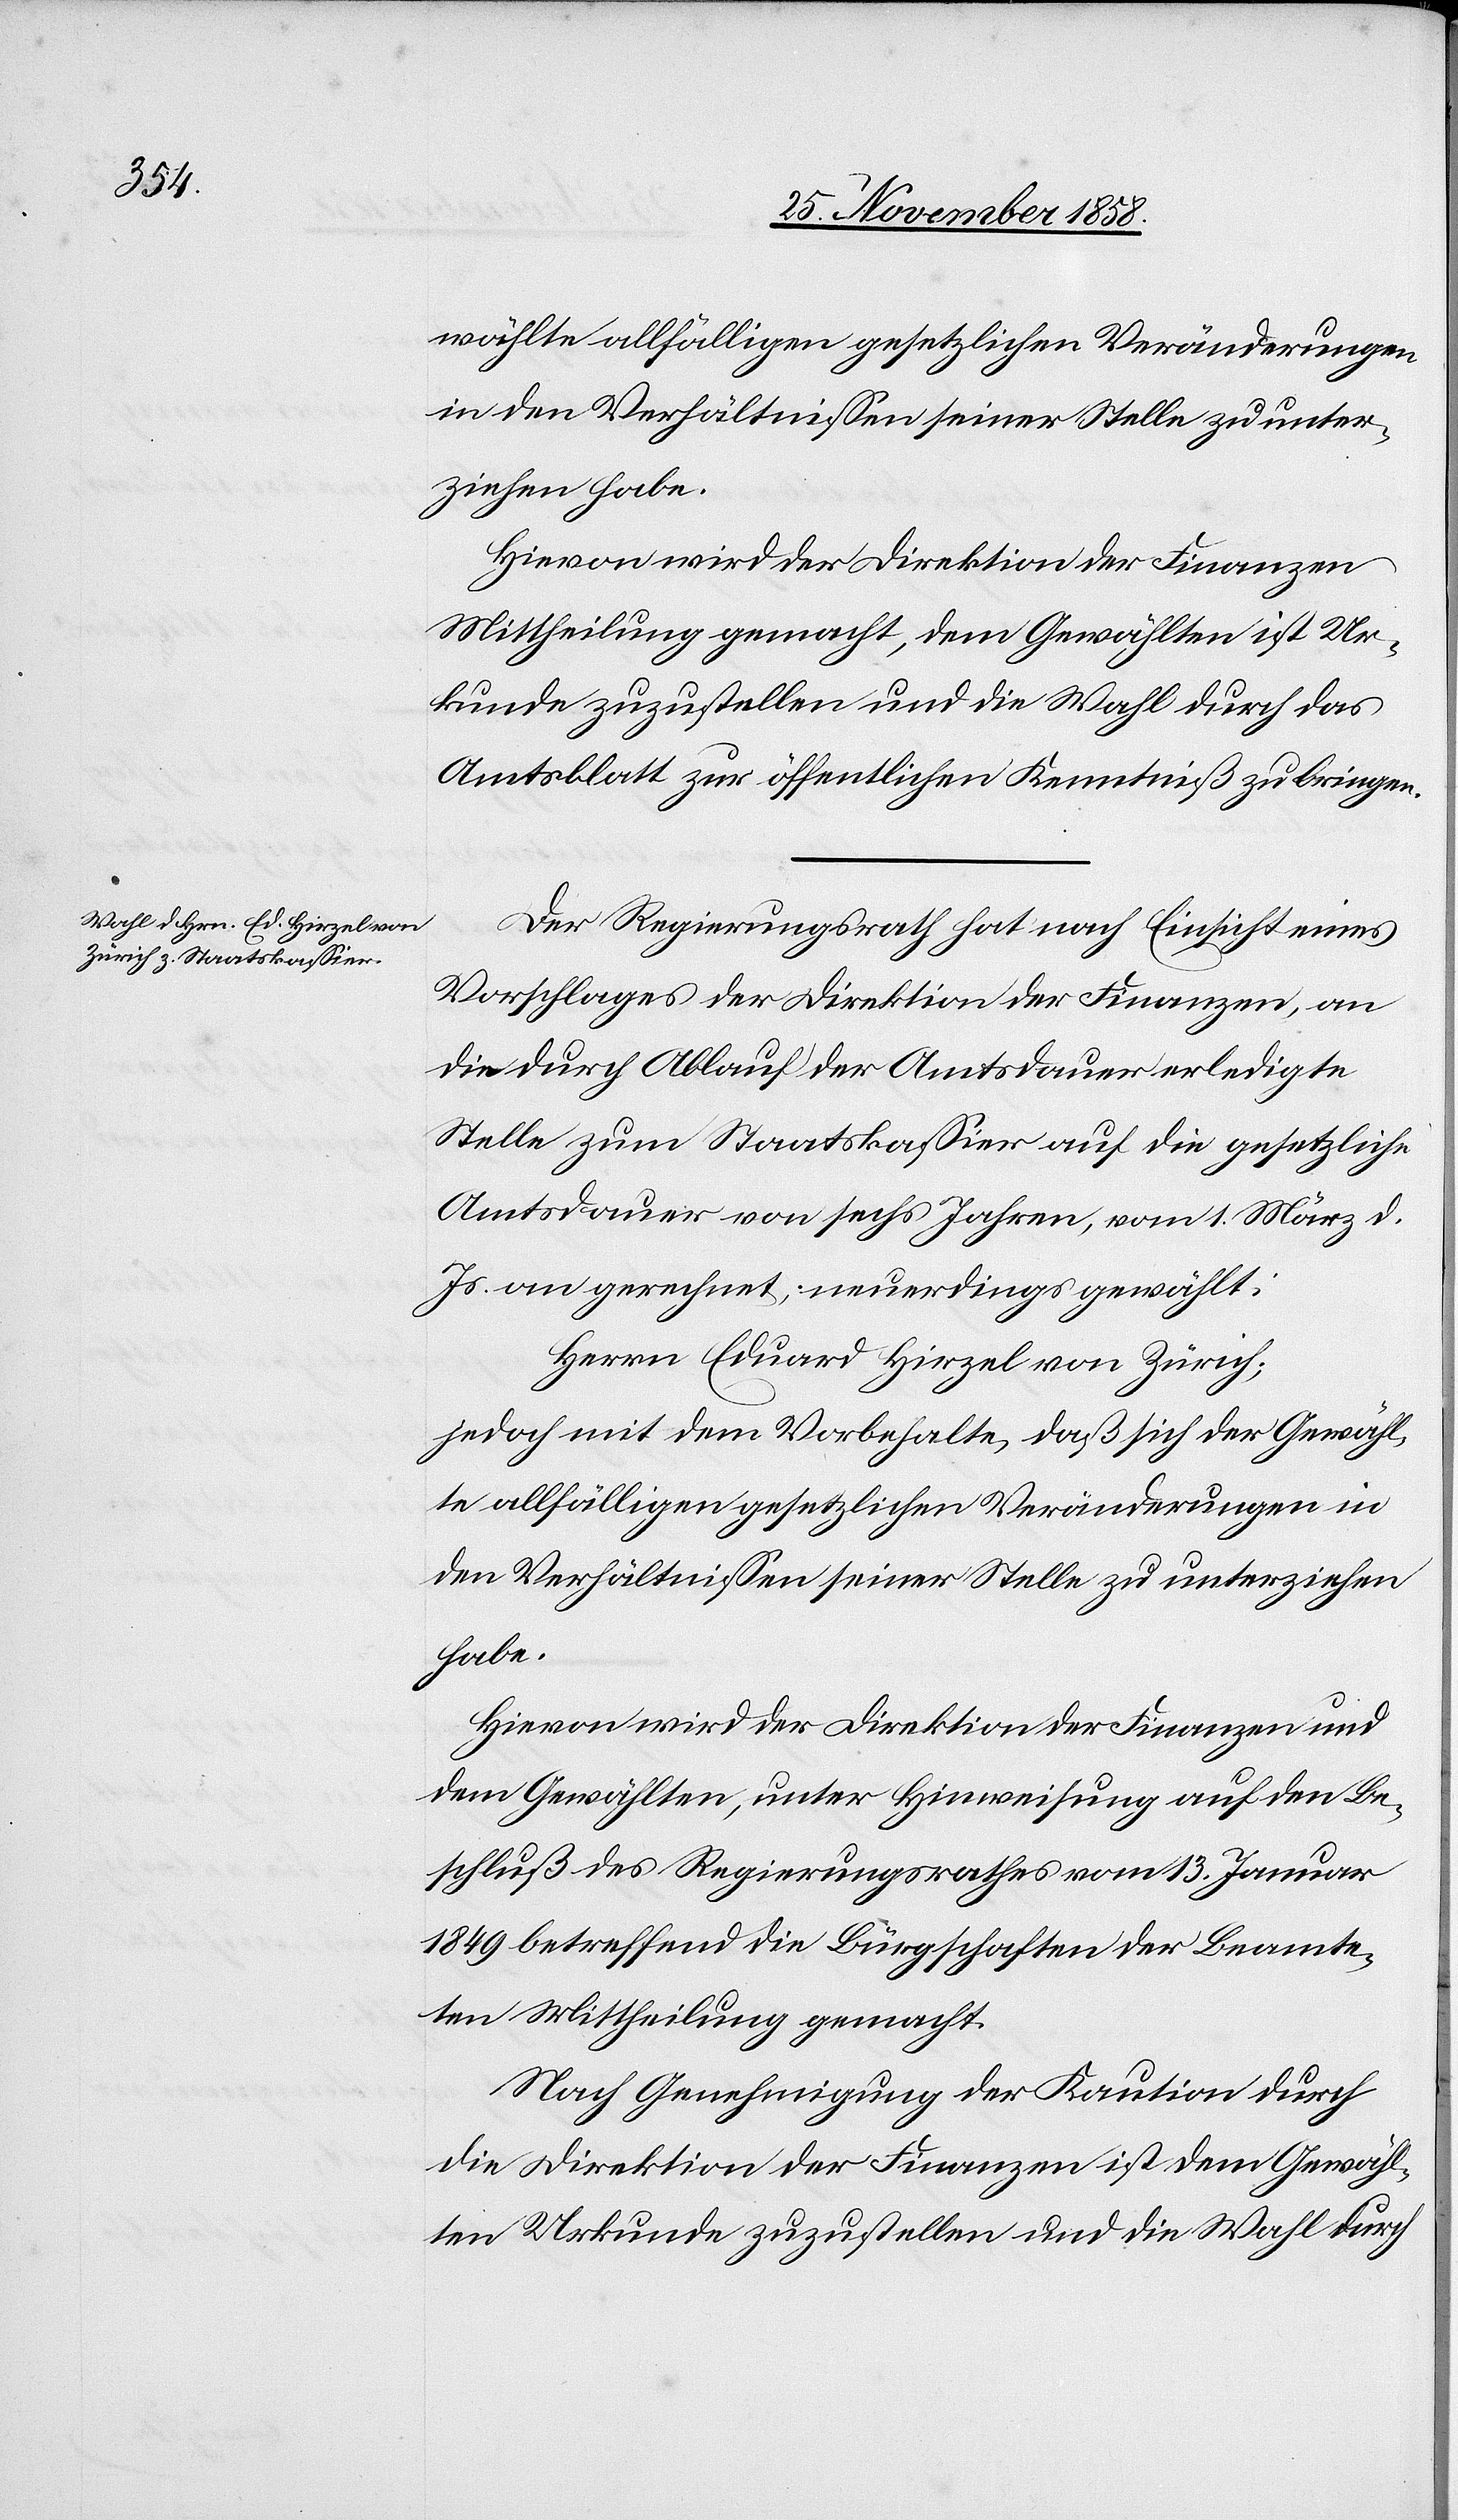
wählte allfälligen gesetzlichen Veränderungen
in den Verhältnissen seiner Stelle zu unter¬
ziehen habe.
Hievon wird der Direktion der Finanzen
Mittheilung gemacht, dem Gewählten ist Ur¬
kunde zuzustellen und die Wahl durch das
Amtsblatt zur öffentlichen Kenntniß zu bringen.
Der Regierungsrath hat nach Einsicht eines
Vorschlages der Direktion der Finanzen, an
die durch Ablauf der Amtsdauer erledigte
Stelle zum Staatskassier auf die gesetzliche
Amtsdauer von sechs Jahren, vom 1. März d.
Js. an gerechnet, neuerdings gewählt:
Herrn Eduard Hirzel von Zürich;
jedoch mit dem Vorbehalte, daß sich der Gewähl¬
te allfälligen gesetzlichen Veränderungen in
den Verhältnissen seiner Stelle zu unterziehen
habe.
Hievon wird der Direktion der Finanzen und
dem Gewählten, unter Hinweisung auf den Be¬
schluß des Regierungsrathes vom 13. Januar
1849 betreffend die Bürgschaften der Beamte¬
ten Mittheilung gemacht.
Nach Genehmigung der Kaution durch
die Direktion der Finanzen ist dem Gewähl¬
ten Urkunde zuzustellen und die Wahl durch